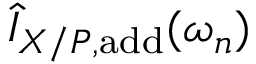
\hat { I } _ { X / P , \mathrm { a d d } } ( \omega _ { n } )